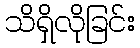
သိရှိလိုခြင်း